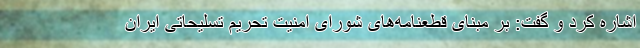
اشاره کرد و گفت: بر مبنای قطعنامه‌های شورای امنیت تحریم تسلیحاتی ایران